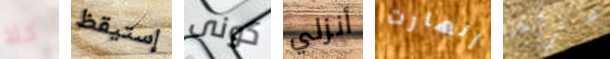
كلا إستيقظ كونى أنزلي إنهارت مزيد